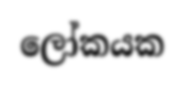
ලෝකයක